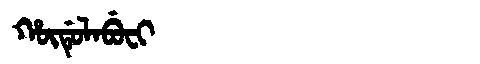
Manchu: ᡥᡡᡩᡠᠯᠠᠪᡠᠸᡳ
Romanization: HŪDULABUFI